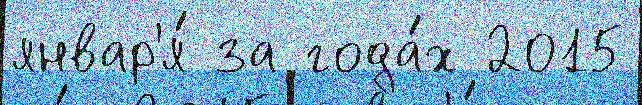
январ'я́ за года́х 2015